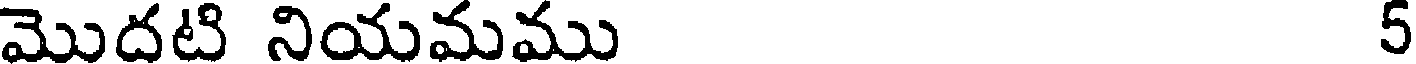
మొదటి నియమము 5